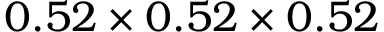
0 . 5 2 \times 0 . 5 2 \times 0 . 5 2